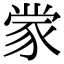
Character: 䝉